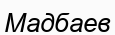
Мадбаев